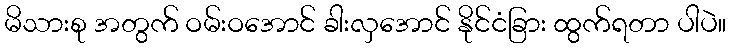
မိသားစု အတွက် ဝမ်းဝအောင် ခါးလှအောင် နိုင်ငံခြား ထွက်ရတာ ပါပဲ။